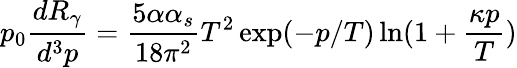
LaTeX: p_{0}\frac{dR_{\gamma}}{d^{3}p}=\frac{5\alpha\alpha_{s}}{18\pi^{2}}T^{2}\exp(-p/T)\ln(1+\frac{\kappa p}{T})